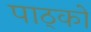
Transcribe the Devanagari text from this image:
पाठ्को